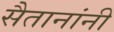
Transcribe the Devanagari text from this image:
सैतानांनी